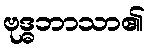
ဗုဒ္ဓဘာသာ၏